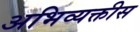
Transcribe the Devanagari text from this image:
अभिव्यक्तीस